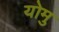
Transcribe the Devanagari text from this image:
योमु